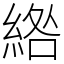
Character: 綹